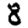
Digit: 8